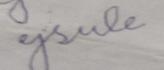
Signature authenticity: forged